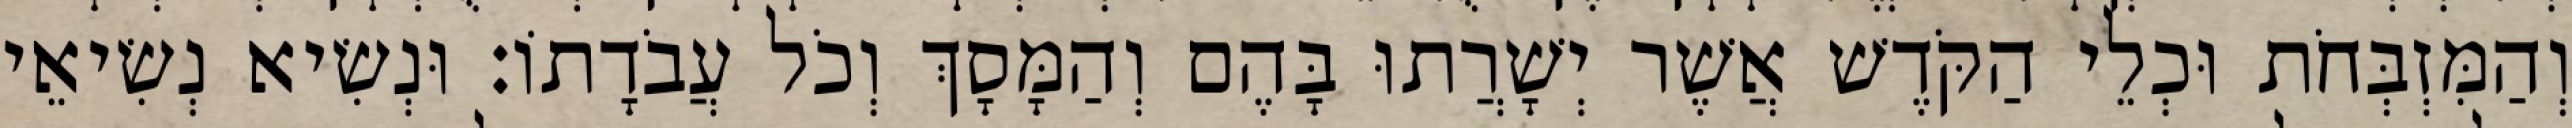
וְהַמִּזְבְּחֹת וּכְלֵי הַקֹּדֶשׁ אֲשֶׁר יְשָׁרֲתוּ בָּהֶם וְהַמָּסָךְ וְכֹל עֲבֹדָתוֹ׃ וּנְשִׂיא נְשִׂיאֵי